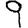
Digit: 9